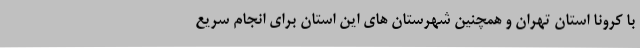
با کرونا استان تهران و همچنین شهرستان های این استان برای انجام سریع